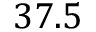
3 7 . 5